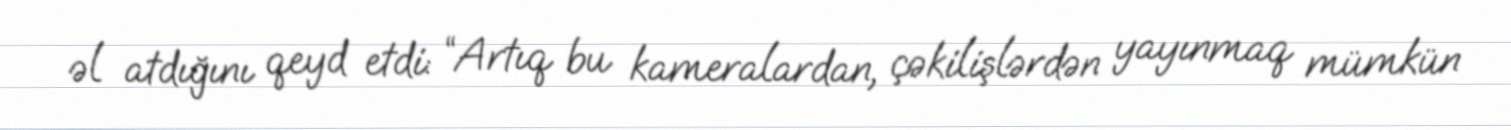
əl atdığını qeyd etdi: “Artıq bu kameralardan, çəkilişlərdən yayınmaq mümkün